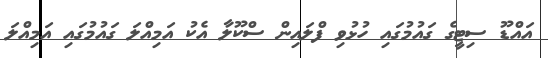
އައްޑޫ ސިޓީގެ ގައުމުގައި ހުޅުވި ފްލައިން ސްކޫލާ އެކު އަމިއްލަ ގައުމުގައި އަމިއްލަ